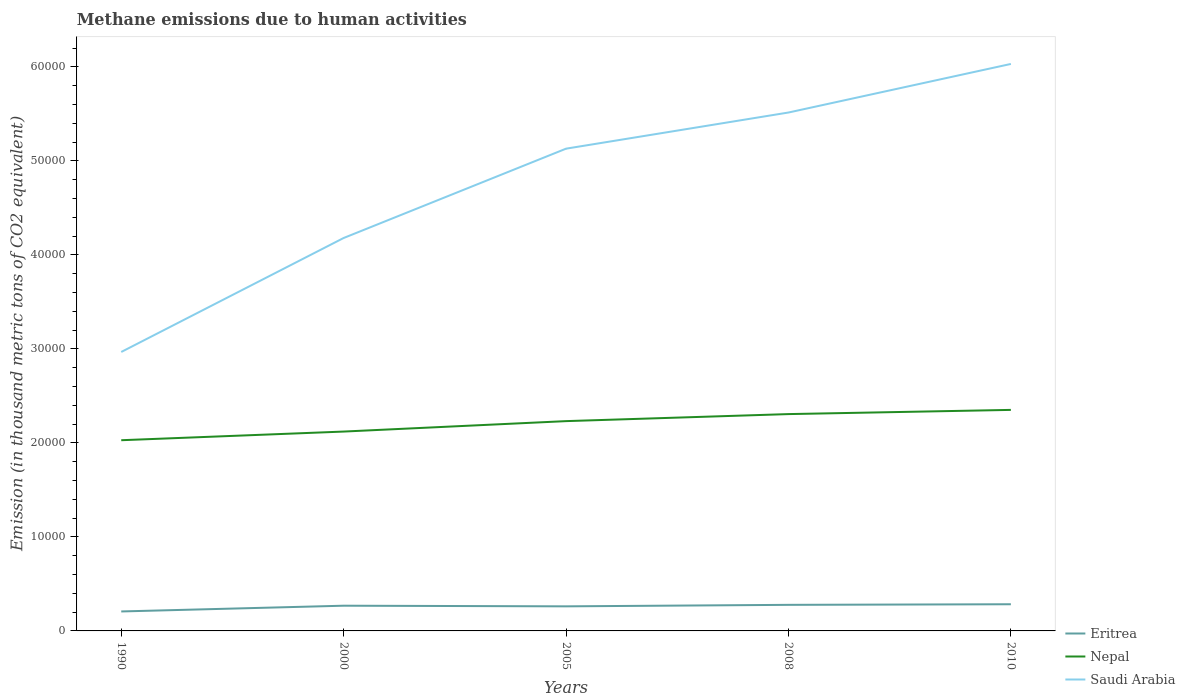
| Years | Eritrea | Nepal | Saudi Arabia |
 | --- | --- | --- | --- |
 | 1990 | 2.07e+03 | 2.03e+04 | 2.97e+04 |
 | 2000 | 2.68e+03 | 2.12e+04 | 4.18e+04 |
 | 2005 | 2.61e+03 | 2.23e+04 | 5.13e+04 |
 | 2008 | 2.77e+03 | 2.31e+04 | 5.51e+04 |
 | 2010 | 2.84e+03 | 2.35e+04 | 6.03e+04 |